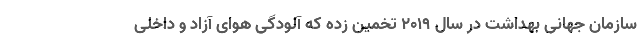
سازمان جهانی بهداشت در سال ۲۰۱۹ تخمین زده که آلودگی هوای آزاد و داخلی